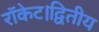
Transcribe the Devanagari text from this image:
रॉकेट।द्वितीय